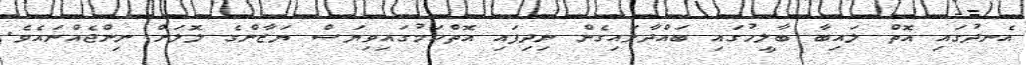
އެނދުގައި އޮތް ލައިބާ ބާލީހުގައި ބައްދާލައިގެން ނިދިފައި އޮތްކަމުގައިވިޔަސް ޔަޒާންގެ ލޮލަށް ނިންޖެއްނައެވެ.